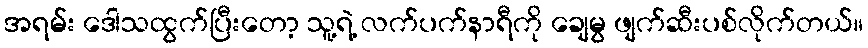
အရမ်း ဒေါသထွက်ပြီးတော့ သူ့ရဲ့ လက်ပက်နာရီကို ချေမွ ဖျက်ဆီးပစ်လိုက်တယ်။